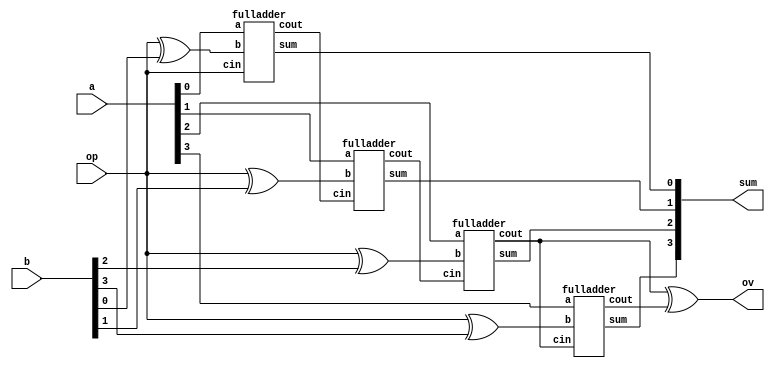
module addsub(a,b,sum,op,ov);
	input [3:0]a,b;
	input op;
	output [3:0]sum;
	output ov;
	wire c1,c2,c3,c4;
	wire [3:0]bb;
	assign bb[0]=op^b[0];
	assign bb[1]=op^b[1];
	assign bb[2]=op^b[2];
	assign bb[3]=op^b[3];
	fulladder o1(.a(a[0]),.b(bb[0]),.cin(op),.sum(sum[0]),.cout(c1));
	fulladder o2(.a(a[1]),.b(bb[1]),.cin(c1),.sum(sum[1]),.cout(c2));
	fulladder o3(.a(a[2]),.b(bb[2]),.cin(c2),.sum(sum[2]),.cout(c3));
	fulladder o4(.a(a[3]),.b(bb[3]),.cin(c3),.sum(sum[3]),.cout(c4));
	assign ov=c3^c4;
endmodule

module fulladder(a,b,cin,sum,cout);
	input a,b,cin;
	output sum,cout;
	assign {cout,sum}=a+b+cin;
endmodule